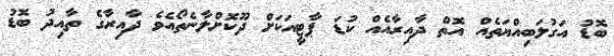
ބޮޑު އަގުލަބިއްޔަތެއް އޮތް ދާއިރާއެއް ކުޑަ ޕާޓީއަކަށް ދޫކޮށްލާނެތޯއެވެ ދާއިރާގެ ތާއިދު ބޮޑު